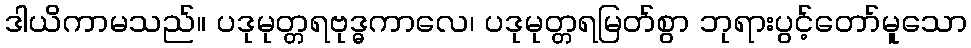
ဒါယိကာမသည်။ ပဒုမုတ္တရဗုဒ္ဓကာလေ၊ ပဒုမုတ္တရမြတ်စွာ ဘုရားပွင့်တော်မူသော